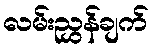
လမ်းညွှန်ချက်